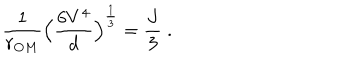
LaTeX: \frac { 1 } { r _ { O M } } \Big ( \frac { 6 V ^ { 4 } } { d } \Big ) ^ { \frac { 1 } { 3 } } = \frac { J } { 3 } \; .